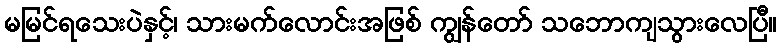
မမြင်ရသေးပဲနှင့်၊ သားမက်လောင်းအဖြစ် ကျွန်တော် သဘောကျသွားလေပြီ။